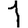
Digit: 1